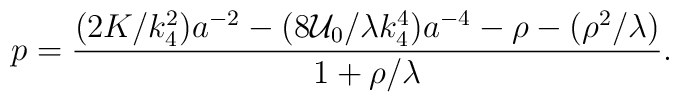
p = \frac{(2K/k_4^2)a^{-2} - (8{\cal U}_0/\lambda k_4^4) a^{-4} -\rho - (\rho^2/\lambda)}{1+\rho/\lambda}.